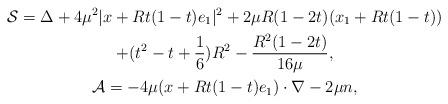
LaTeX: \begin{gather*}\mathcal{S}=\Delta+4\mu^2|x+Rt(1-t)e_1|^2+2\mu R(1-2t)(x_1+Rt(1-t))\\+(t^2-t+\frac16)R^2-\frac{R^2(1-2t)}{16\mu},\\\mathcal{A}=-4\mu(x+Rt(1-t)e_1)\cdot\nabla-2\mu n,\end{gather*}